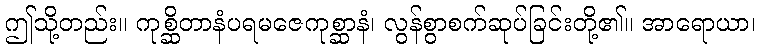
ဤသို့တည်း။ ကုစ္ဆိတာနံပရမဇေကုစ္ဆာနံ၊ လွန်စွာစက်ဆုပ်ခြင်းတို့၏။ အာရောယာ၊